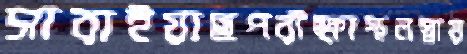
সারাইয়াছপরীক্ষাস্থলস্নায়